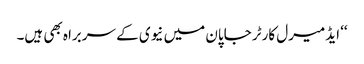
‘‘ ایڈمیرل کارٹر جاپان میں نیوی کے سربراہ بھی ہیں۔